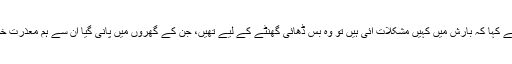
انہوں نے کہا کہ بارش میں کہیں مشکلات آئی ہیں تو وہ بس ڈھائی گھنٹے کے لیے تھیں، جن کے گھروں میں پانی گیا ان سے ہم معذرت خواہ ہیں۔